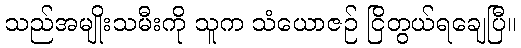
သည်အမျိုးသမီးကို သူက သံယောဇဉ် ငြိတွယ်ရချေပြီ။